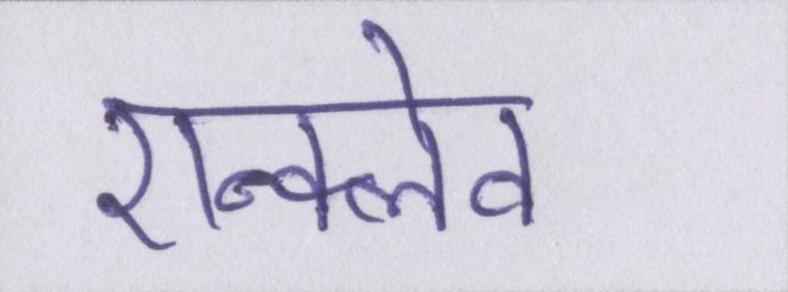
एन्क्लेव